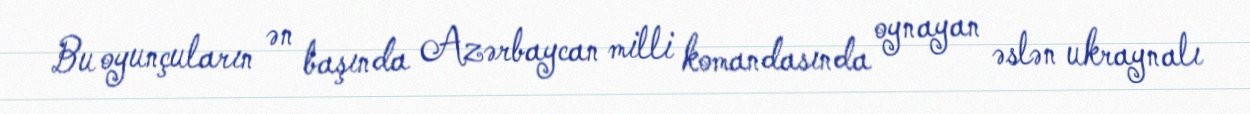
Bu oyunçuların ən başında Azərbaycan milli komandasında oynayan əslən ukraynalı